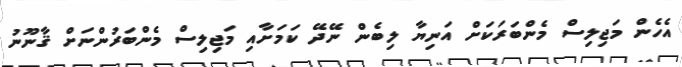
އެހެން މަޖިލިސް މެންބަރަކަށް އަނިޔާ ލިބެން ނޭދޭ ކަމަށާއި މަޖިލިސް މެންބަރުންނަށް ޤާނޫނު